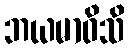
ဘယမာဝိသိ